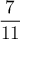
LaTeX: \frac { 7 } { 1 1 }